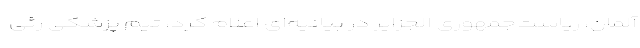
آلمان، ریاست‌جمهوری الجزایر در بیانیه‌ای اعلام کرد، تیم پزشکی رئی